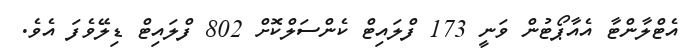
އެޓްލާންޓާ އެއާޕޯޓުން ވަނީ 173 ފްލައިޓް ކެންސަލްކޮށް 802 ފްލައިޓް ޑިލޭވެފަ އެވެ.